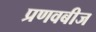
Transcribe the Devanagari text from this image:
प्रणवबीज